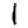
Digit: 1